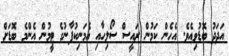
އަދަދު ބޮޑުވިއެވެ. އެހެން ކަމުން ރައީސް ސޯލިހާއި އެމަނިކުފާނުގެ ޓީމުން އެންމެ ބޮޑަށް